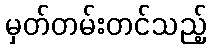
မှတ်တမ်းတင်သည့်